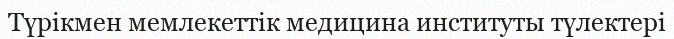
Түрікмен мемлекеттік медицина институты түлектері